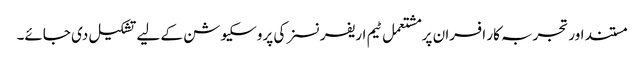
مستند اور تجربہ کار افسران پر مشتعمل ٹیم اریفرنسز کی پروسکیوشن کے لیے تشکیل دی جائے۔